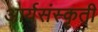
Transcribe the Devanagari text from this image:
आर्यसंस्कृती